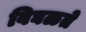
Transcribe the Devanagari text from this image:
विघळते